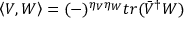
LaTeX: \left\langle V , W \right\rangle = ( - ) ^ { \eta _ { V } \eta _ { W } } t r ( \bar { V } ^ { \dagger } W )